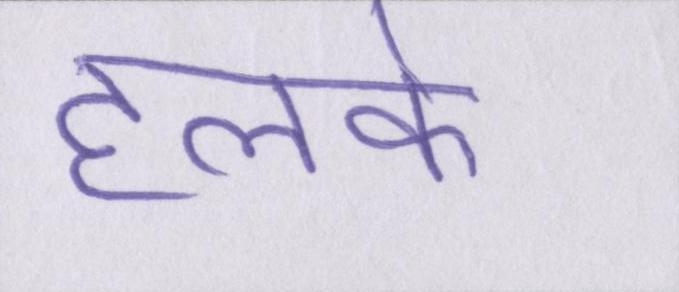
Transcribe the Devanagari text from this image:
हलके